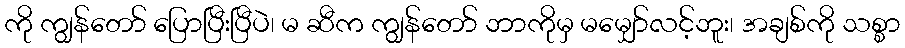
ကို ကျွန်တော် ပြောပြီးပြီပဲ၊ မ ဆီက ကျွန်တော် ဘာကိုမှ မမျှော်လင့်ဘူး၊ အချစ်ကို သစ္စာ